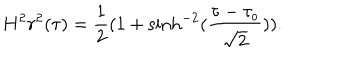
H ^ { 2 } r ^ { 2 } ( \tau ) = \frac { 1 } { 2 } ( 1 + \sinh ^ { - 2 } ( \frac { \tau - \tau _ { o } } { \sqrt { 2 } } ) ) .